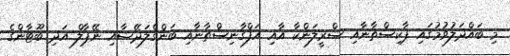
މި ބައްދަލުވުމުގައި ޕާކިސްތާނާއި ސްރީލަންކާ އާއި އަފްގާނިސްތާނާއި ބަންގްލަދޭޝާއި ނޭޕާލް އަދި ބޫޓާންގެ